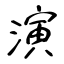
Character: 演